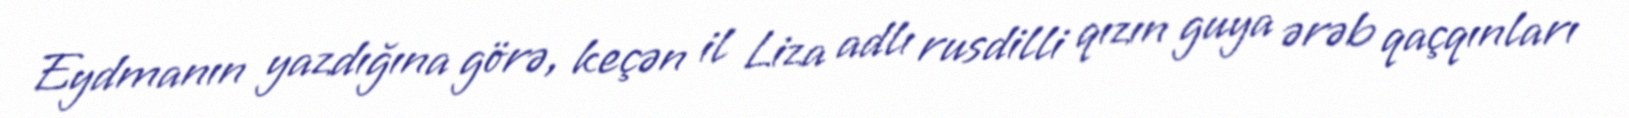
Eydmanın yazdığına görə, keçən il Liza adlı rusdilli qızın guya ərəb qaçqınları